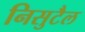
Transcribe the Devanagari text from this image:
निसुटैल